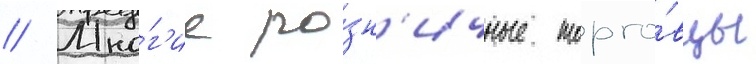
// Мно́г'ие ро́зн'ичные торго́вцы